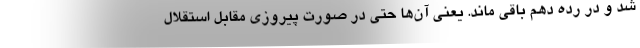
شد و در رده دهم باقی ماند. یعنی آن‌ها حتی در صورت پیروزی مقابل استقلال